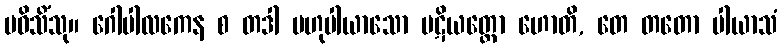
ပဝိသိံသု။ ဂေါပါလကေန စ တဒါ ဗဟုပါယာသော ပဋိယတ္တော ဟောတိ, တေ တတော ပါယာသံ